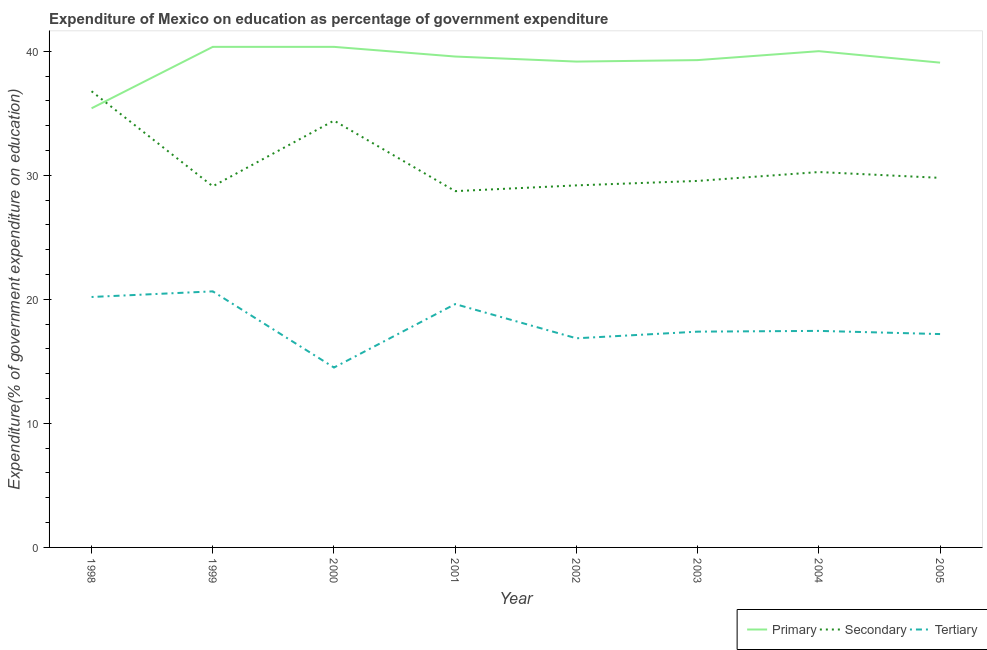
| Year | Primary | Secondary | Tertiary |
 | --- | --- | --- | --- |
 | 1998 | 35.4 | 36.8 | 20.2 |
 | 1999 | 40.4 | 29.1 | 20.6 |
 | 2000 | 40.4 | 34.4 | 14.5 |
 | 2001 | 39.6 | 28.7 | 19.6 |
 | 2002 | 39.2 | 29.2 | 16.9 |
 | 2003 | 39.3 | 29.5 | 17.4 |
 | 2004 | 40 | 30.3 | 17.5 |
 | 2005 | 39.1 | 29.8 | 17.2 |